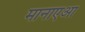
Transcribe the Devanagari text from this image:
मानाएआ